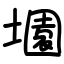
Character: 𡑰